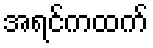
အရင်ကထက်